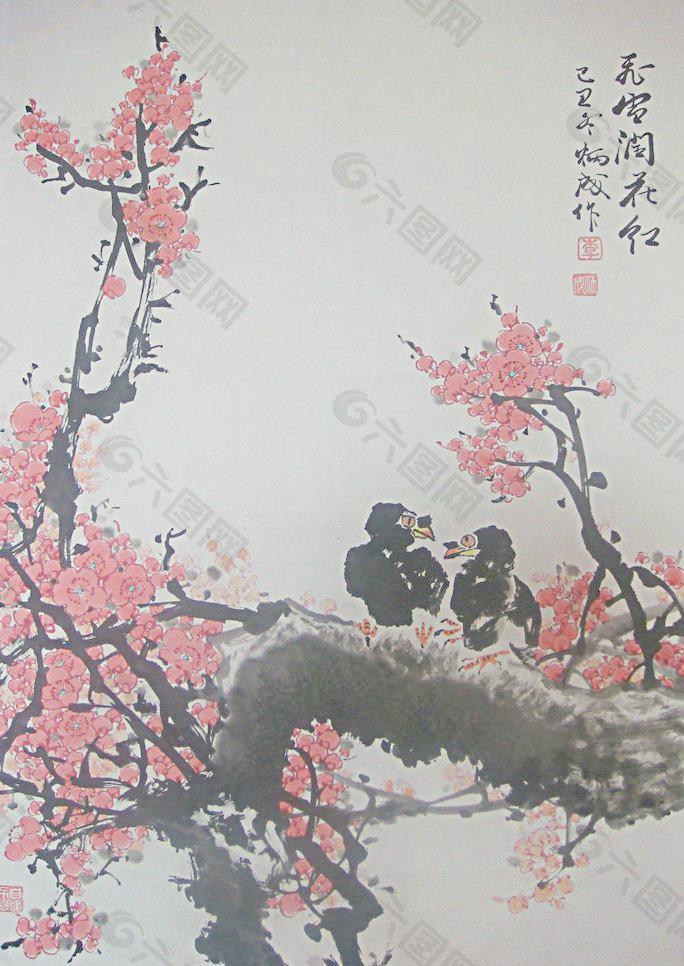
梅花南北路，风雨湿征衣。